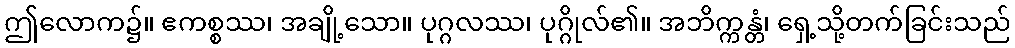
ဤလောက၌။ ဧကစ္စဿ၊ အချို့သော။ ပုဂ္ဂလဿ၊ ပုဂ္ဂိုလ်၏။ အဘိက္ကန္တံ၊ ရှေ့သို့တက်ခြင်းသည်